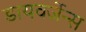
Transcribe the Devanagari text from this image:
डायवर्जेन्स